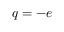
q = - e